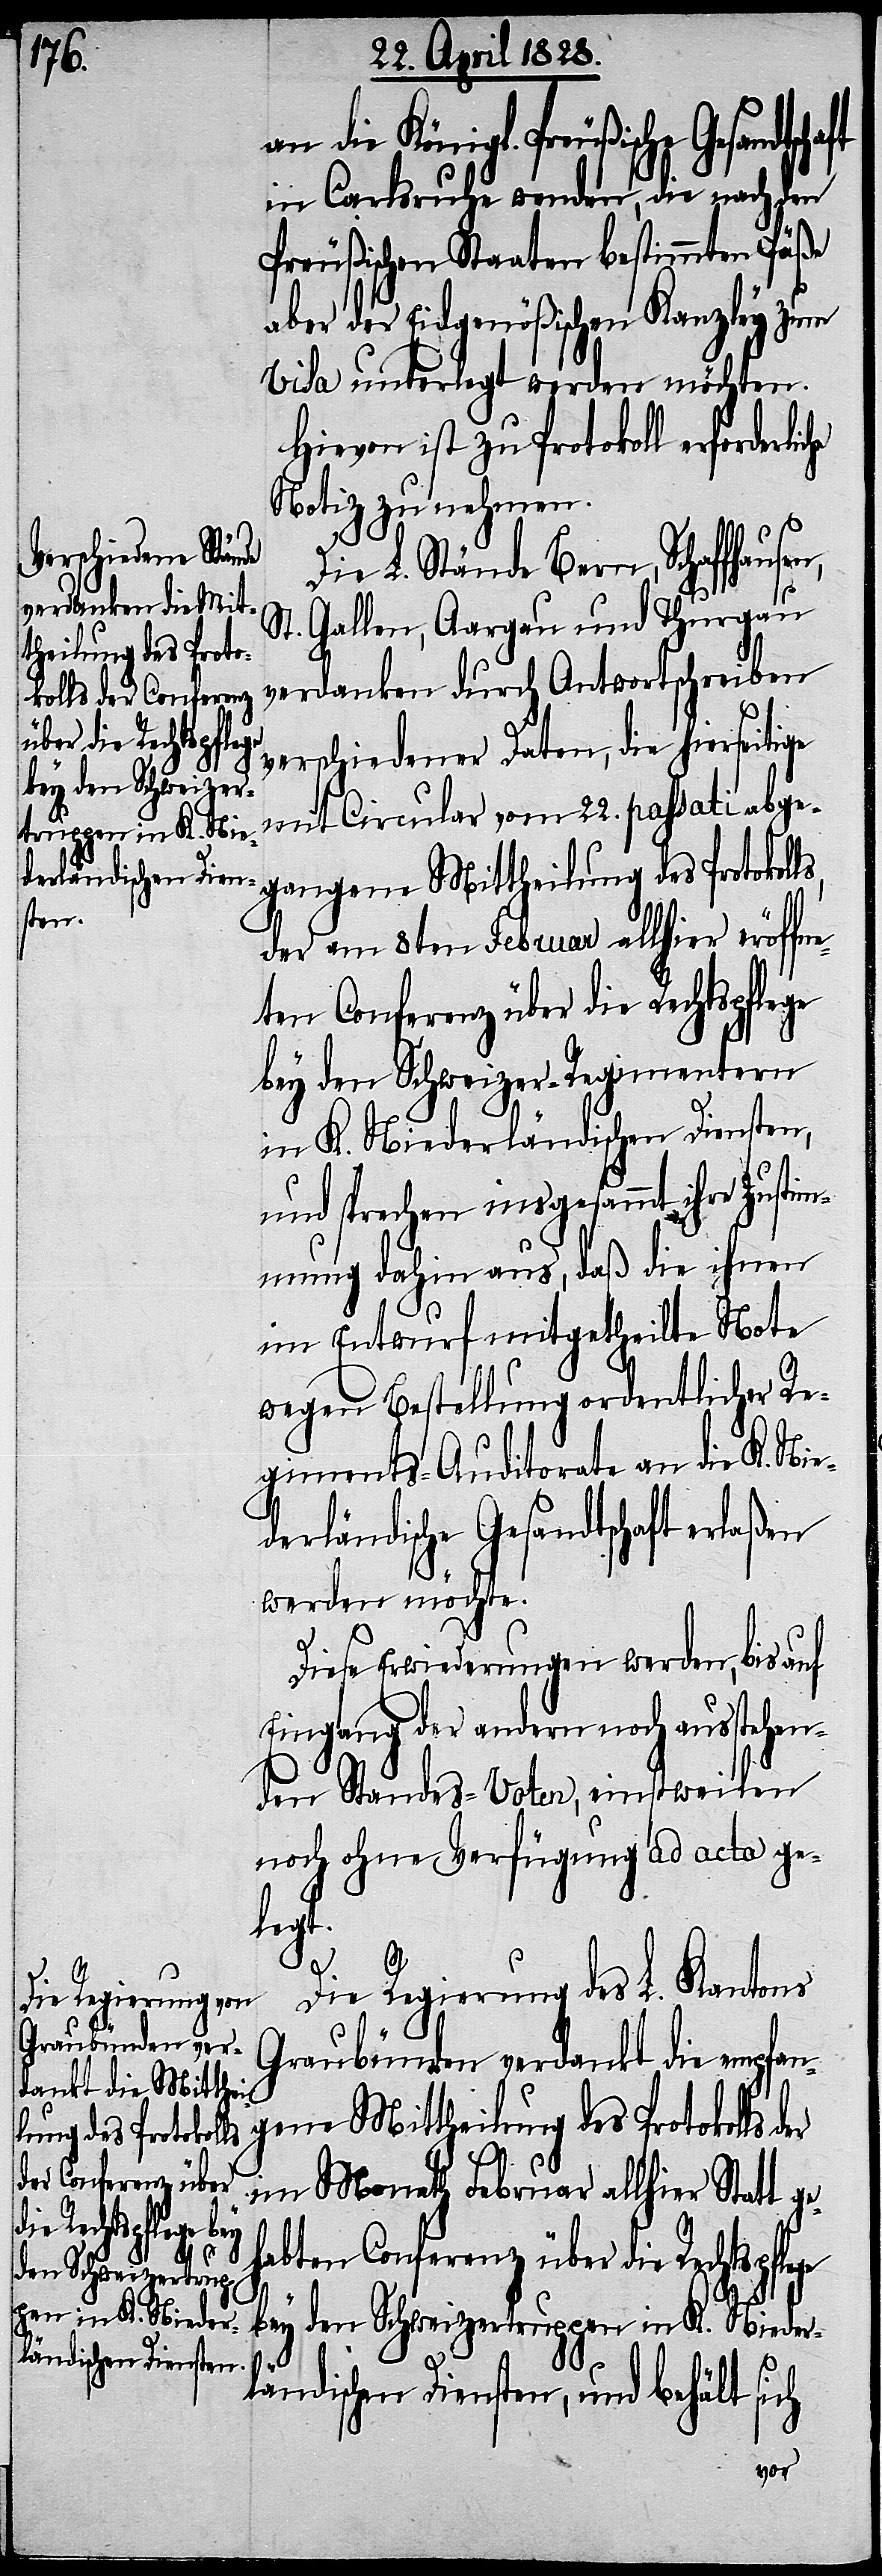
derliche

an die Königl. Preußische Gesa¬
in Carlsruhe wenden, die nach den
Preußischen Staaten bestimmten Päße
aber der Eidgenößischen Kanzley zum
Visa unterlegt werden möchten.
Hievon ist zu Protokoll erfor¬
Notiz zu nehmen.
Die L. Stände Bern, Schaffhause¬
St. Gallen, Aargau und Thurgau
verdanken durch Antwortschreiben
verschiedener Daten, die hierseitige
mit Circular vom 22. passati abge¬
gangene Mittheilung des Protokol¬
der am 8ten Februar allhier eröff¬
bey den Schweizer-Regimentern
in K. Niederländischen Diensten,
und sprechen insgesammt ihre Zusti¬
mmung dahin aus, daß die ihnen
im Entwurf mitgetheilte Note
wegen Bestellung ordentlicher Re¬
giments-Auditorate an die K. Nie¬
derländische Gesandtschaft erlaßen
werden möchte.
Diese Erwiederungen werden, bis auf
Eingang der andern noch ausstehen¬
den Standes-Voten, einstweilen
noch ohne Verfügung ad acta ge¬
legt.
Die Regierung des L. Kantons
Graubünden verdankt die empfan¬
gene Mittheilung des Protokolls
im Monath Februar allhier Statt
habten Conferenz über die Rechtspflege
n,
bey den Schweizertruppen in K. Nieder¬
ge¬
ländischen Diensten, und behält sich